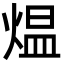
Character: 煴